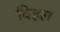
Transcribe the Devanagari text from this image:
विहल